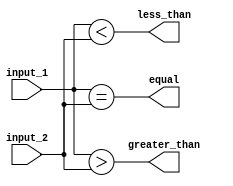
module two_bit_comparator (
    input [1:0] input_1,
    input [1:0] input_2,
    output equal,
    output greater_than,
    output less_than
);

assign equal = (input_1 == input_2);
assign greater_than = (input_1 > input_2);
assign less_than = (input_1 < input_2);

endmodule